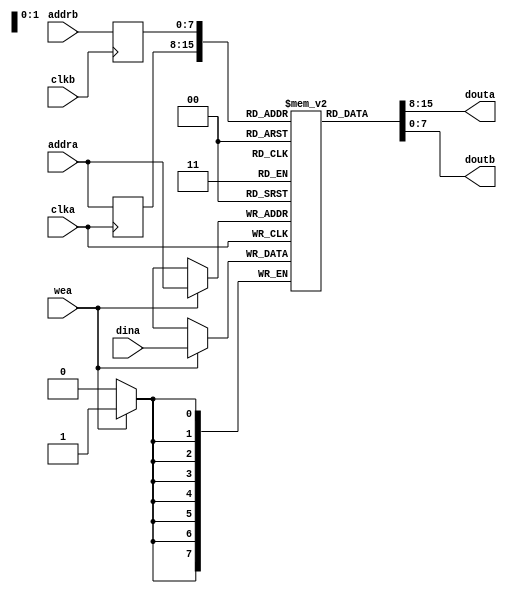
`timescale 1ns / 1ps
//////////////////////////////////////////////////////////////////////////////////
// Company: 
// Engineer: 
// 
// Design Name: 
// Module Name: ram_rw
// Project Name: 
// Target Devices: 
// Tool Versions: 
// Description: 
// 
// Dependencies: 
// 
// Revision:
// Revision 0.01 - File Created
// Additional Comments:
// 
//////////////////////////////////////////////////////////////////////////////////


/*
 * Instantiates a RAM.
 * The size of the RAM is WIDTH bits wide by DEPTH^2 words deep.
 */

module ram_rw #(parameter WIDTH = 8, parameter DEPTH = 8) (
    /* Dual read/write port A */
    input clka,
    input wea,
    input [DEPTH-1:0] addra,
    input [WIDTH-1:0] dina,
    output wire [WIDTH-1:0] douta,
    
    /* Read-only port B */
    input clkb,
    input [DEPTH-1:0] addrb,
    output wire [WIDTH-1:0] doutb
);

    reg [WIDTH-1:0] RAM [(2**DEPTH)-1:0];
    reg [DEPTH-1:0] read_addra;
    reg [DEPTH-1:0] read_addrb;

    always @(posedge clka) begin
        if (wea == 1'b1)
            RAM[addra] <= dina;
        read_addra <= addra;
    end

    always @(posedge clkb)
        read_addrb <= addrb;

    assign douta = RAM[read_addra];
    assign doutb = RAM[read_addrb];

endmodule